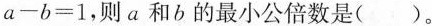
$$a - b = 1$$，则a和b的最小公倍数是( )。